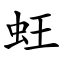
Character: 蚟